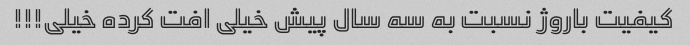
کیفیت باروژ نسبت به سه سال پیش خیلی افت کرده خیلی!!!